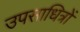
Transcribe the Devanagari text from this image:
उपसाधित्रों